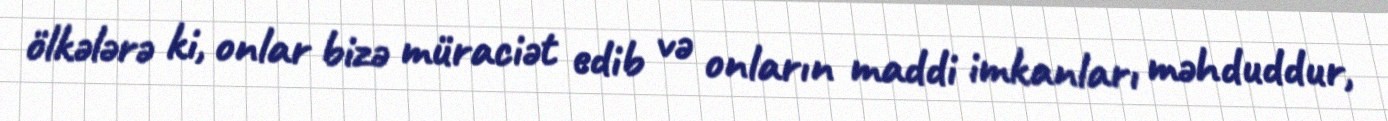
ölkələrə ki, onlar bizə müraciət edib və onların maddi imkanları məhduddur,